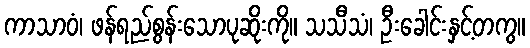
ကာသာဝံ၊ ဖန်ရည်စွန်းသောပုဆိုးကို။ သသီသံ၊ ဦးခေါင်းနှင့်တကွ။